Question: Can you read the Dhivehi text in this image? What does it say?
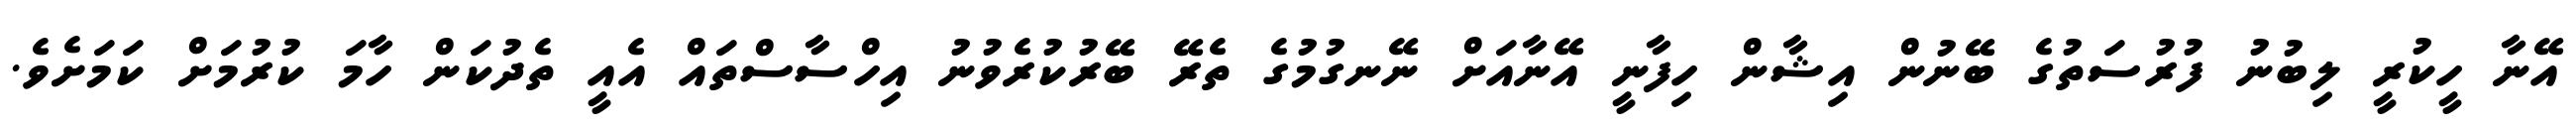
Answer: އޭނާ ހީކުރީ ލިބުނު ފުރުސަތުގެ ބޭނުން އިޝާން ހިފާނީ އޭނާއަށް ނޭނގުމުގެ ތެރޭ ބޭރުކުރެވުނު އިހްސާސްތައް އެއީ ތެދުކަން ހާމަ ކުރުމަށް ކަމަށެވެ.